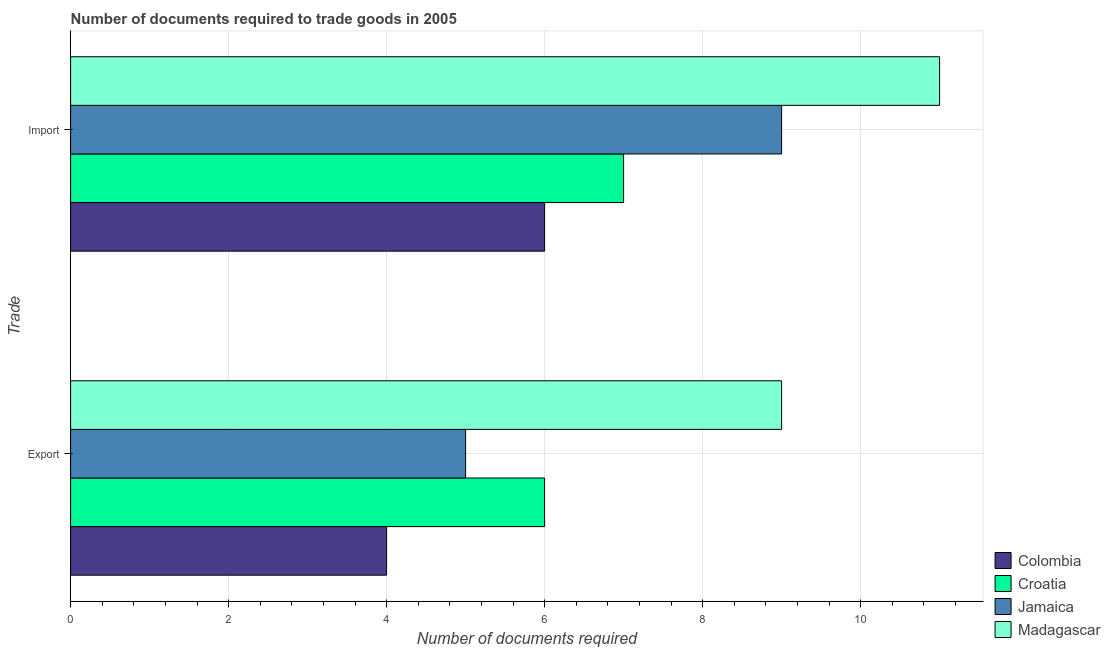
| Trade | Colombia | Croatia | Jamaica | Madagascar |
 | --- | --- | --- | --- | --- |
 | Export | 4 | 6 | 5 | 9 |
 | Import | 6 | 7 | 9 | 11 |